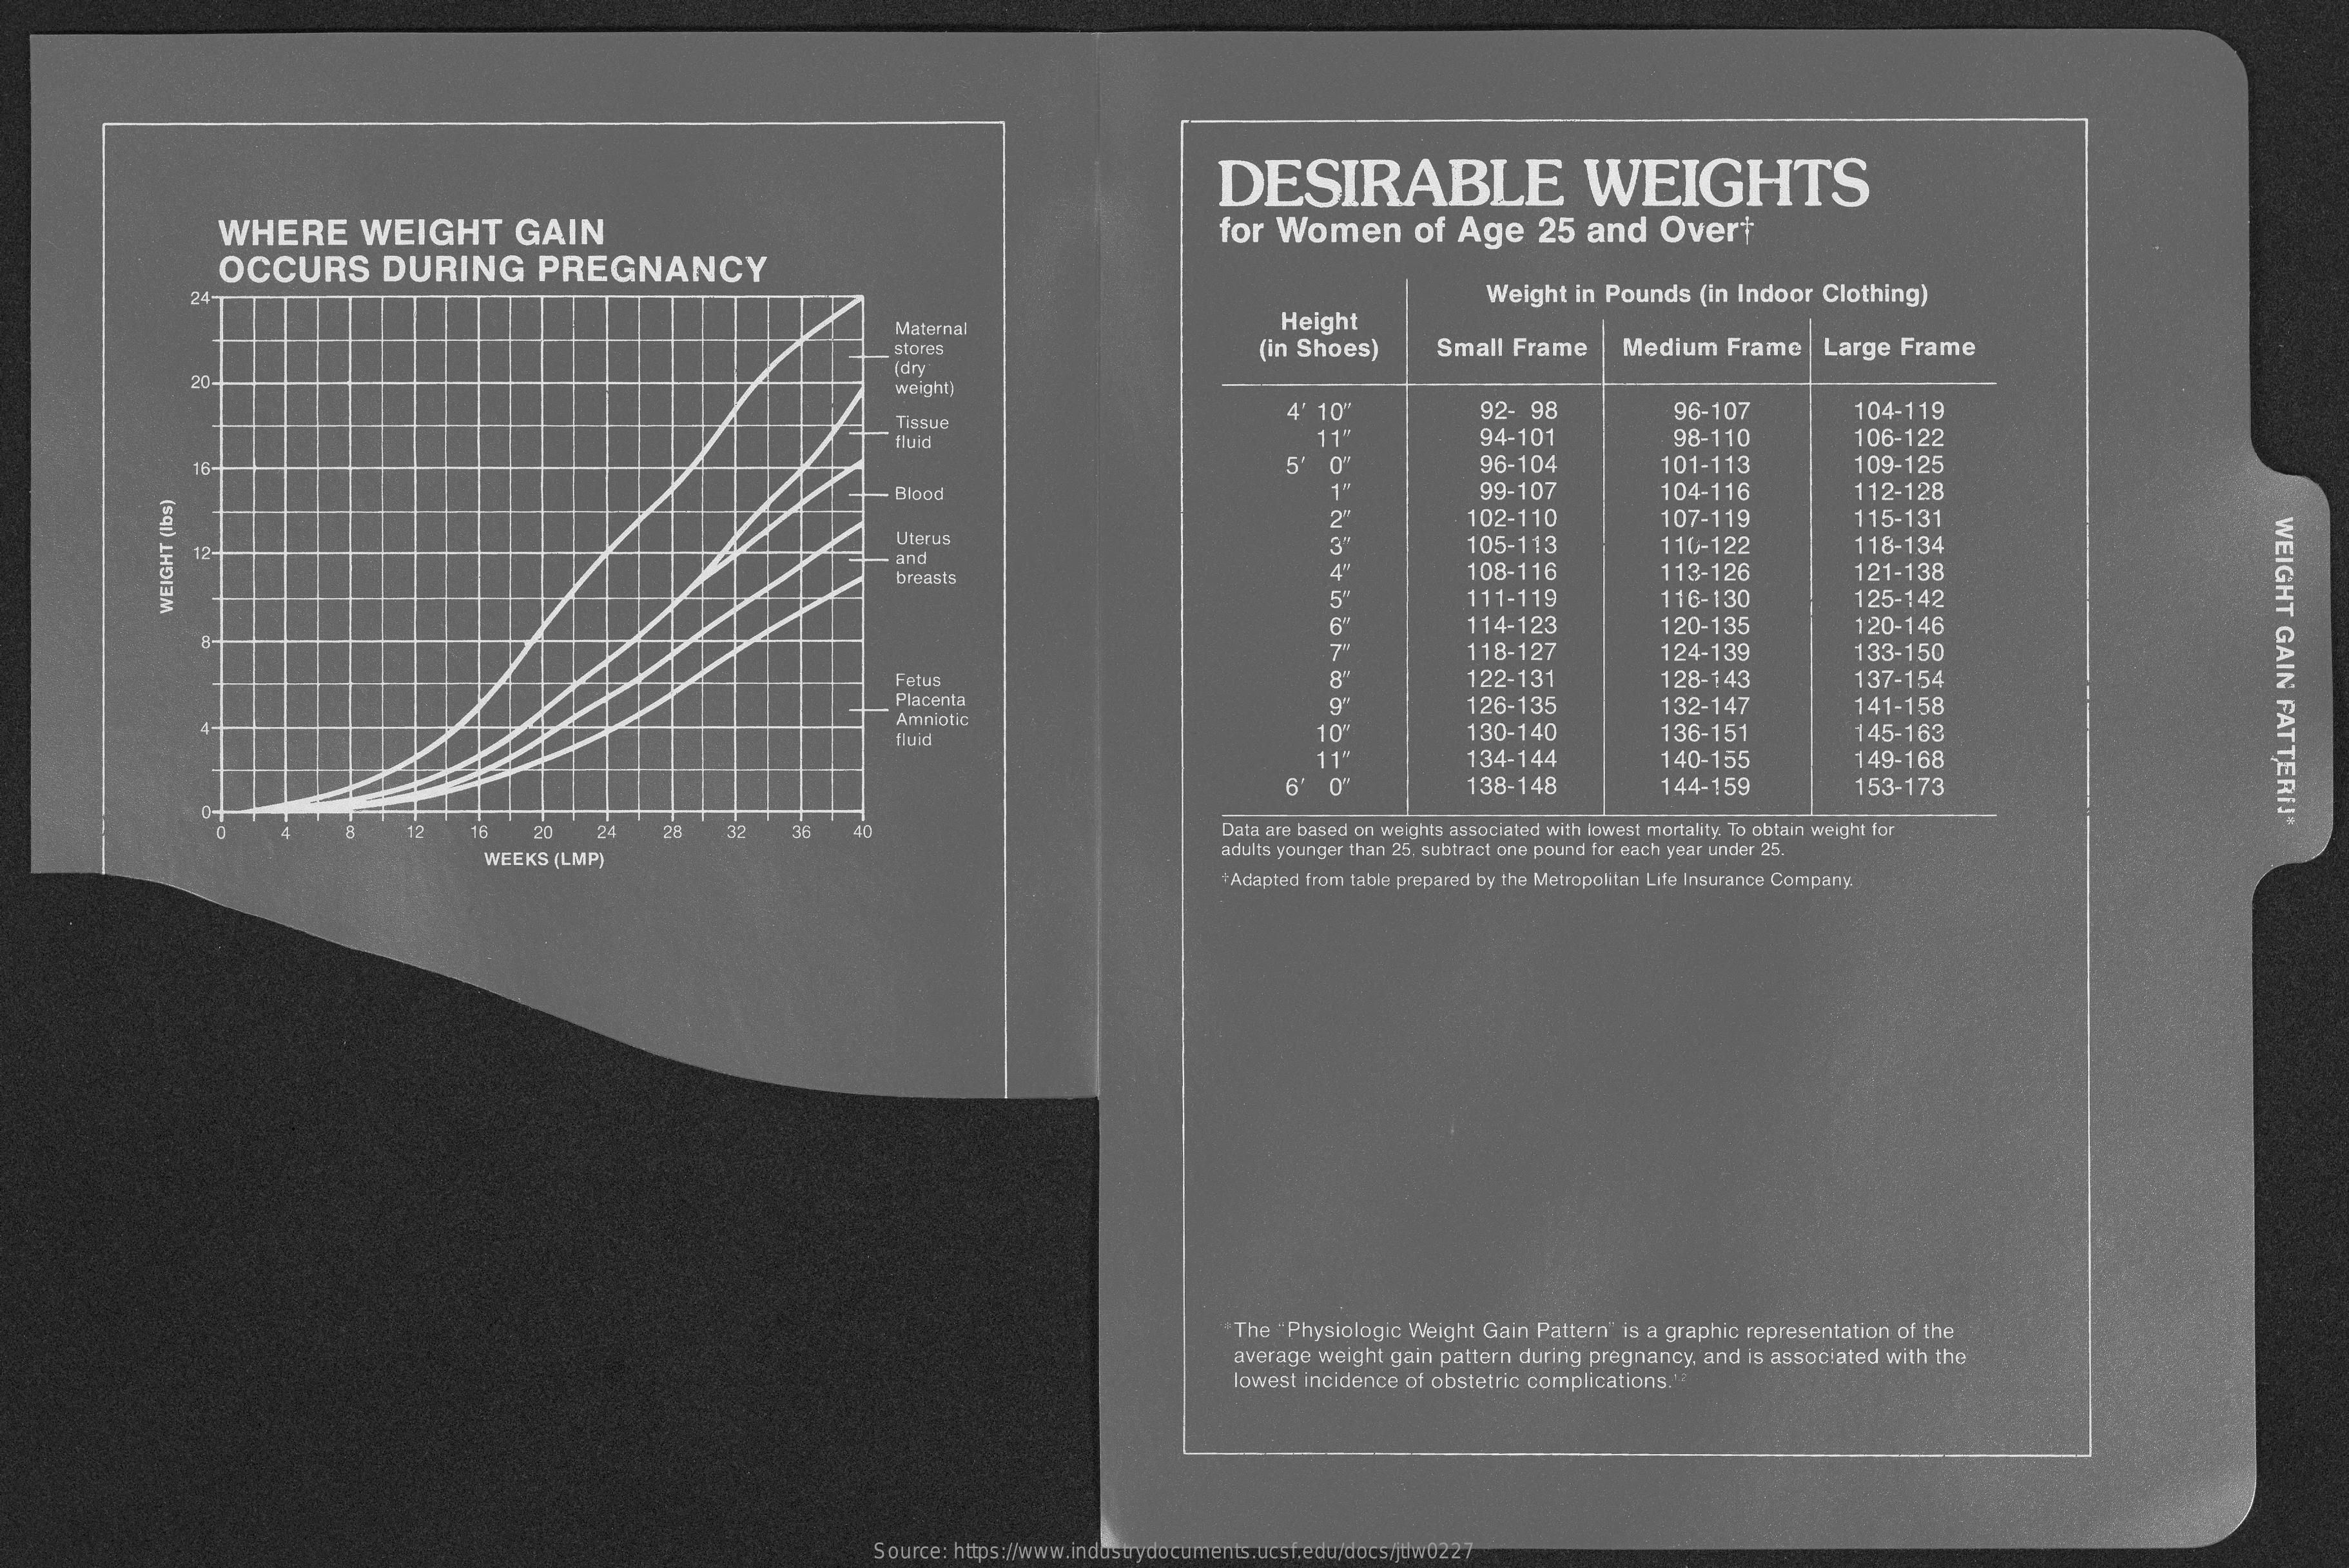
DESIRABLE    WEIGHTS
     WHERE   WEIGHT   GAIN    for Women  of Age 25 and Overt
     OCCURS   DURING  PREGNANCY
     24-    Weight in Pounds (in Indoor Clothing)
     Maternal    Height
     stores    (in Shoes) Small Frame Medium Frame | Large Frame
     20
     (dry
     weight)
     Tissue
     4' 10"    92- 98    96-107    104-119
     fluid    11"    94-101    98-110    106-122
     16-    5'    96-104    101-113    109-125
     Blood    99-107    104-116    112-128
     2"    102-110    107-119    115-131
     WEIGHT
     GAIN
     FATTERIJ*
     12-
     Uterus    105-113    110-122    118-134
     and
     breasts    4"    108-116    121-138
     5"
     113-126
     111-119    116-130    125-142
     6"    114-123    120-135    120-146
     WEIGHT
     (Ibs)
     .7    118-127    124-139    133-150
     Fetus    122-131    128-143    137-154
     Placenta
     Amniotic
     126-135    132-147    141-158
     fluid    10"
     11"
     130-140    136-151    145-163
     134-144    140-155    149-168
     138-148    144-159    153-173
     12  16 20  24  28 32  36 40    Data are based on weights associated with lowest mortality. To obtain weight for
     WEEKS (LMP)
     adults younger than 25. subtract one pound for each year under 25.
     +Adapted from table prepared by the Metropolitan Life Insurance Company.
     The "Physiologic Weight Gain Pattern" is a graphic representation of the
     average weight gain pattern during pregnancy, and is associated with the
     lowest incidence of obstetric complications."?
     Source: https://www.industrydocuments.ucsf.edu/docs/jtlw0227